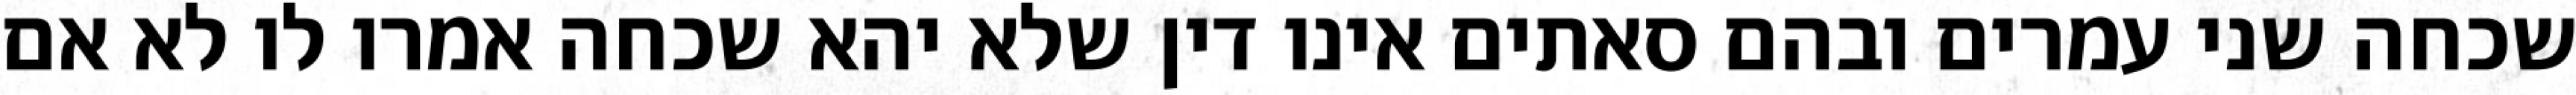
שכחה שני עמרים ובהם סאתים אינו דין שלא יהא שכחה אמרו לו לא אם